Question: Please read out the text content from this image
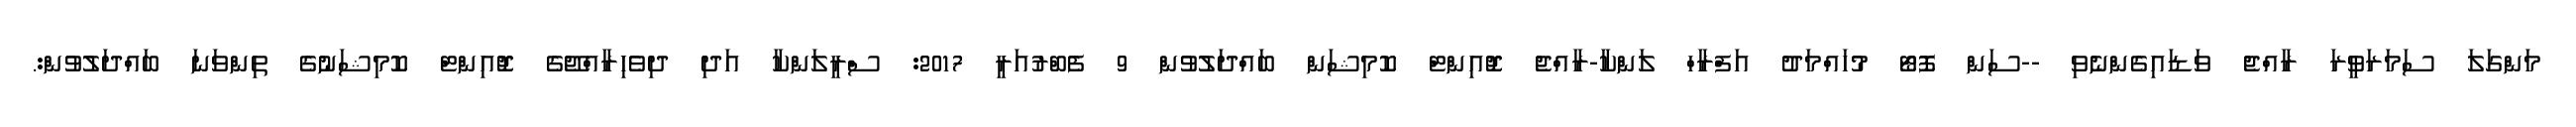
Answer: މަންގަލަ ސަމަރަވީރަ ރާއްޖެ ވަޑައިގެންނެވި --ސަން ފޮޓޯ މުހައްމަދު އަފްރާހް ލަންކާ-ރާއްޖެ ޖޮއިންޓް ކޮމިޝަން ބައްދަލުވުން 9 ފެބްރުއަރީ 2017: ސްރީލަންކާ އަދި ދިވެހިރާއްޖޭގެ ޖޮއިންޓް ކޮމިޝަނުގެ ތިންވަނަ ބައްދަލުވުން:.